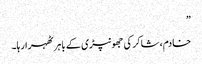
”
خادم، شاکر کی جھونپڑی کے باہر ٹھہرا رہا۔